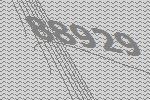
88929